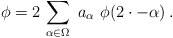
\begin{align*}\phi = 2 \,\sum_{\alpha \in \Omega} \ a_\alpha \ \phi(2\cdot-\alpha)\,.\end{align*}